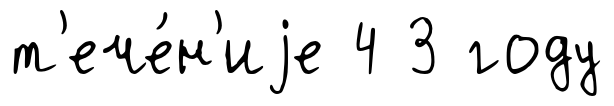
т'ече́н'иjе 4 3 году